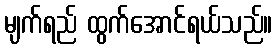
မျက်ရည် ထွက်အောင်ရယ်သည်။